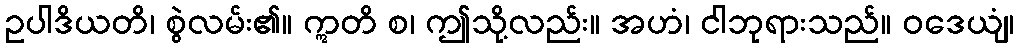
ဥပါဒိယတိ၊ စွဲလမ်း၏။ ဣတိ စ၊ ဤသို့လည်း။ အဟံ၊ ငါဘုရားသည်။ ဝဒေယျံ၊